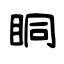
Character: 眮